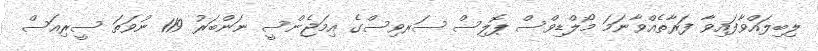
ލިބިލައްވާފައިވާ ފަރާތެއްވާނަމަ މޯލްޑިވްސް ޕޮލިސް ސަރވިސްގެ އިމަޖެންސީ ނަންބަރު 119 ނުވަތަ ސީރިއަސް